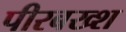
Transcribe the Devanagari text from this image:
पीरबख्श